Senior Leaving Certificate Examination (including Day School Certificate (Higher) General paper), 1949
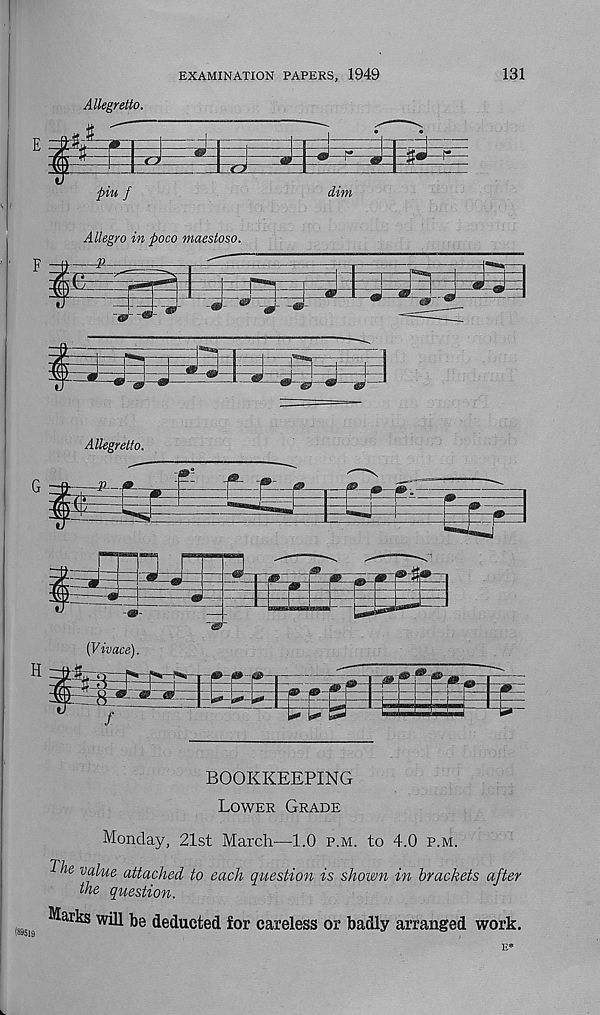
EXAMINATION PAPERS, 1949
131
Allegretto.
dim
P-
Allegro in poco maestoso.
Allegretto.
BOOKKEEPING
Lower Grade
Monday, 21st March—1.0 p.m. to 4.0 p.m.
rpj
w value attached to each question is shown in brackets after
the question.
Marks will be deducted for careless or badly arranged work.
E*
(89519